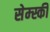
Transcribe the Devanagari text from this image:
सेम्स्की